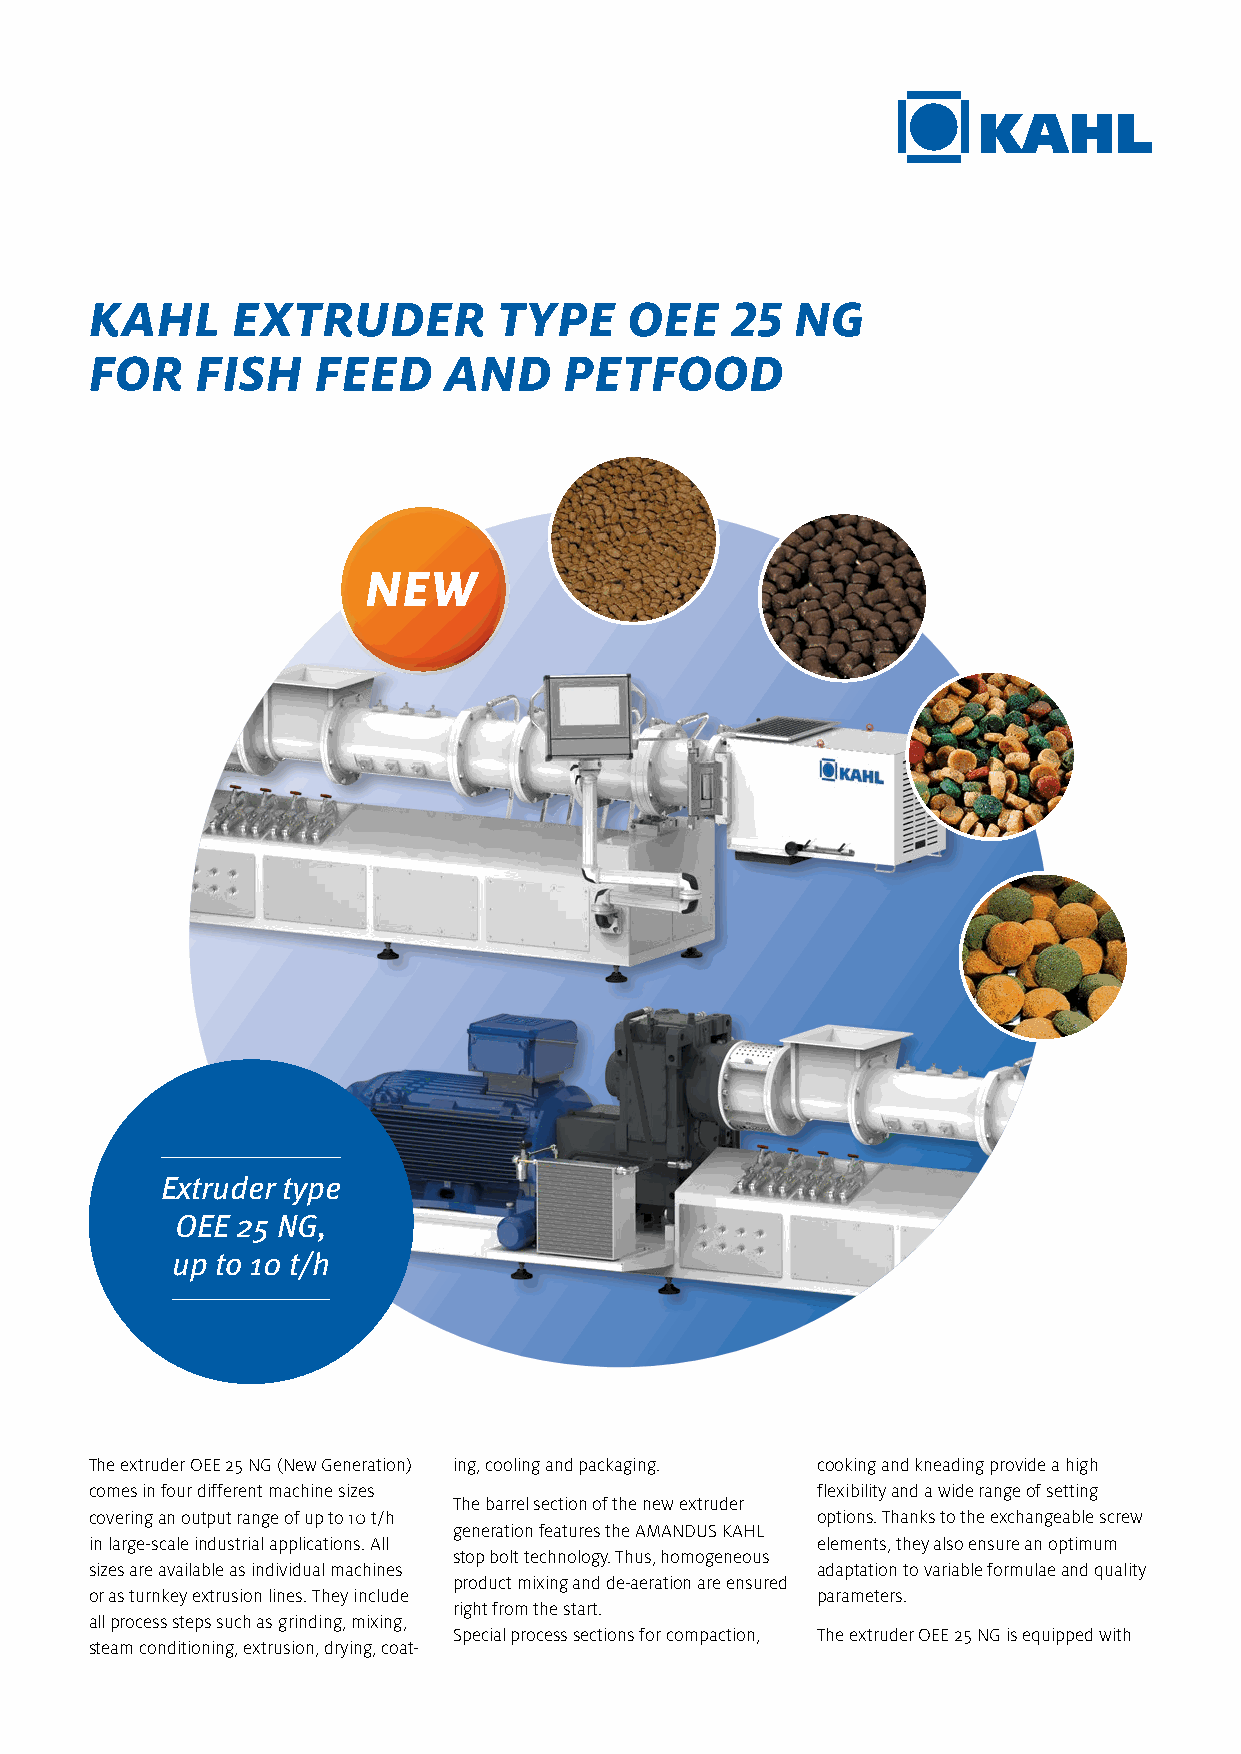
KAHL     EXTRUDER          TYPE     OEE   25   NG
 FOR    FISH    FEED    AND     PETFOOD
 NEW
 Extruder type
 OEE 25 NG,
 up to 10 t/h
 The extruder OEE 25 NG (New Generation) ing, cooling and packaging. cooking and kneading provide a high
 comes in four different machine sizes           flexibility and a wide range of setting
 The barrel section of the new extruder
 covering an output range of up to 10 t/h        options. Thanks to the exchangeable screw
 generation features the AMANDUS KAHL
 in large-scale industrial applications. All     elements, they also ensure an optimum
 stop bolt technology. Thus, homogeneous
 sizes are available as individual machines      adaptation to variable formulae and quality
 product mixing and de-aeration are ensured
 or as turnkey extrusion lines. They include     parameters.
 right from the start.
 all process steps such as grinding, mixing,
 Special process sections for compaction, The extruder OEE 25 NG is equipped with
 steam conditioning, extrusion, drying, coat-